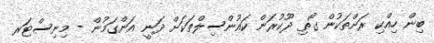
ބިން ހިއްކި ރަށްތަކުން ގޯތި ދޫކުރަން ކައުންސިލްތަކަށް ދަނީ އަންގަމުން - މިނިސްޓަރ